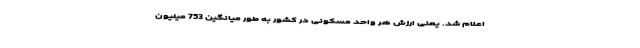
اعلام شد. یعنی ارزش هر واحد مسکونی در کشور به طور میانگین 753 میلیون